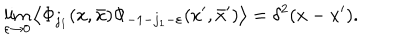
\lim _ { \varepsilon \rightarrow 0 } \left\langle \Phi _ { j _ { 1 } } ( x , \bar { x } ) \Phi _ { - 1 - j _ { 1 } - \varepsilon } ( x ^ { \prime } , \bar { x } ^ { \prime } ) \right\rangle = \delta ^ { 2 } ( x - x ^ { \prime } ) .